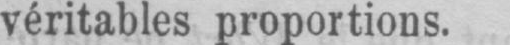
véritables proportions.